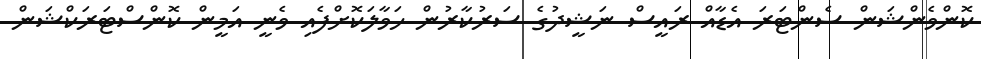
ކޮންވެންޝަން ސެންޓަރަ އެޑާއް ރައީސް ނަޝީދުގެ ސަރުކާރުން ހަވާލަކޮށްފެއި ވެނީ އަމީން ކޮންސްޓަރަކްޝަން